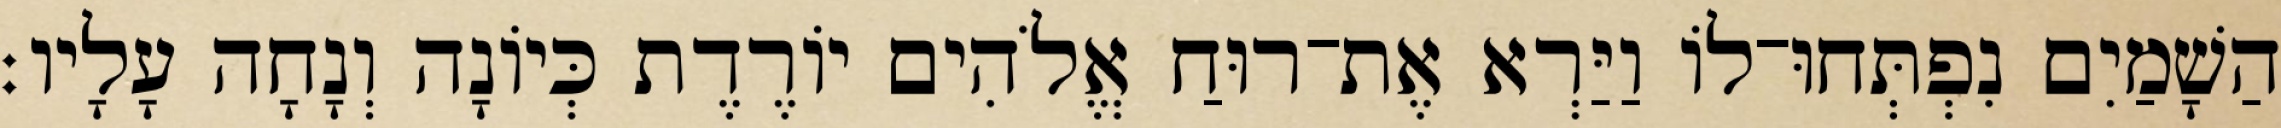
הַשָׁמַיִם נִפְתְּחוּ־לוֹ וַיַּרְא אֶת־רוּחַ אֱלֹהִים יוֹרֶדֶת כְּיוֹנָה וְנָחָה עָלָיו׃